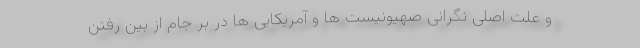
و علت اصلی نگرانی صهیونیست ها و آمریکایی ها در بر جام از بین رفتن